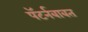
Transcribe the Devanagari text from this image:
पॅटर्नबाबत